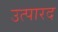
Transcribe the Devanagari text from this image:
उत्पारद